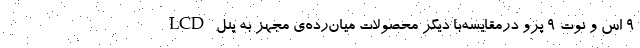
۹ اس و نوت ۹ پرو درمقایسه‌با دیگر محصولات میان‌رده‌ی مجهز به پنل LCD